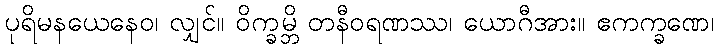
ပုရိမနယေနေဝ၊ လျှင်။ ဝိက္ခမ္ဘိ တနီဝရဏဿ၊ ယောဂီအား။ ဧကက္ခဏေ၊